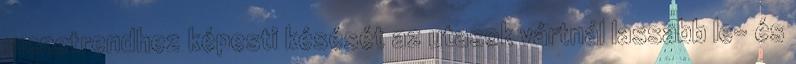
menetrendhez képesti késését az utasok vártnál lassabb le- és